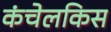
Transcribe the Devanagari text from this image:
कंचेलकिस